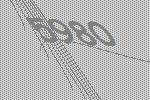
5980